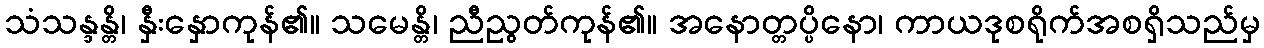
သံသန္ဒန္တိ၊ နှီးနှောကုန်၏။ သမေန္တိ၊ ညီညွတ်ကုန်၏။ အနောတ္တပ္ပိနော၊ ကာယဒုစရိုက်အစရှိသည်မှ